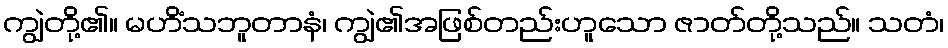
ကျွဲတို့၏။ မဟိံသဘူတာနံ၊ ကျွဲ၏အဖြစ်တည်းဟူသော ဇာတ်တို့သည်။ သတံ၊